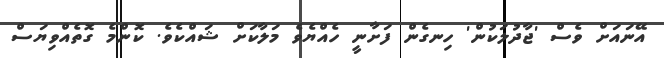
އޭނައަށް ވެސް 'ޖާދުލަކުން' ހިނގެން ފަށާނީ ހެއްޔެވެ މަލާކަށް ޝައްކެވެ. ކޮންމެ ގޮތެއްވިޔަސް